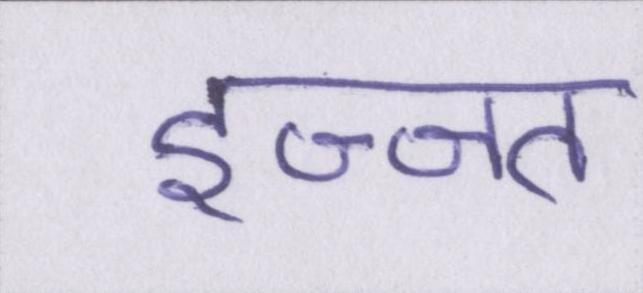
इज्ज्त